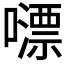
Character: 𡁼